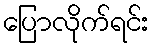
ပြောလိုက်ရင်း